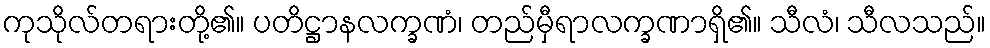
ကုသိုလ်တရားတို့၏။ ပတိဋ္ဌာနလက္ခဏံ၊ တည်မှီရာလက္ခဏာရှိ၏။ သီလံ၊ သီလသည်။